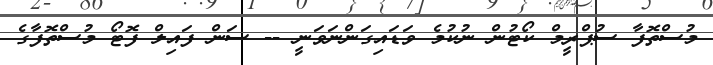
މުސްތޮފާ ސުޕްރީމް ކޯޓުން ނުކުމެ ވަޑައިގަންނަވަނީ -- ސަން ފައިލް ފޮޓޯ މުސްތޮފާގެ